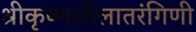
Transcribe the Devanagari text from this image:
श्रीकृष्णलीलातरंगिणी